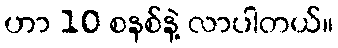
ဟာ 10 စနစ်နဲ့ လာပါတယ်။